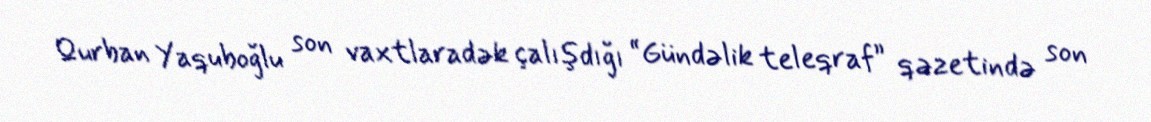
Qurban Yaquboğlu son vaxtlaradək çalışdığı “Gündəlik teleqraf” qəzetində son